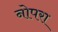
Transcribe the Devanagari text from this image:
नोपरा